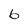
Character: 6